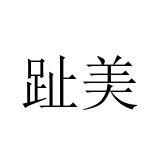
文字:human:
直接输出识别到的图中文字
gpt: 趾美